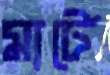
মার্টে